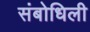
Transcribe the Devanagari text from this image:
संबोधिली